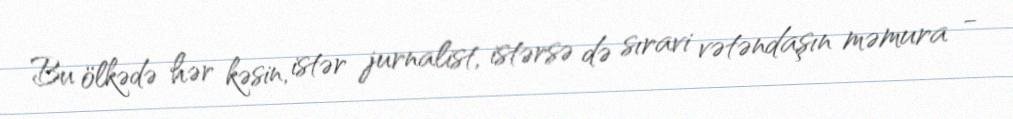
Bu ölkədə hər kəsin, istər jurnalist, istərsə də sıravi vətəndaşın məmura -